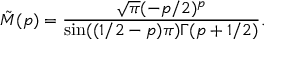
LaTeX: \tilde { M } ( p ) = \frac { \sqrt \pi ( - p / 2 ) ^ { p } } { \sin ( ( 1 / 2 - p ) \pi ) \Gamma ( p + 1 / 2 ) } .